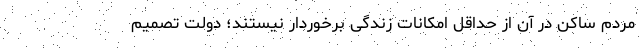
مردم ساکن در آن از حداقل امکانات زندگی برخوردار نیستند؛ دولت تصمیم